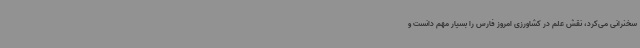
سخنرانی می‌کرد، نقش علم در کشاورزی امروز فارس را بسیار مهم دانست و